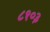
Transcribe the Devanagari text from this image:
८१०३